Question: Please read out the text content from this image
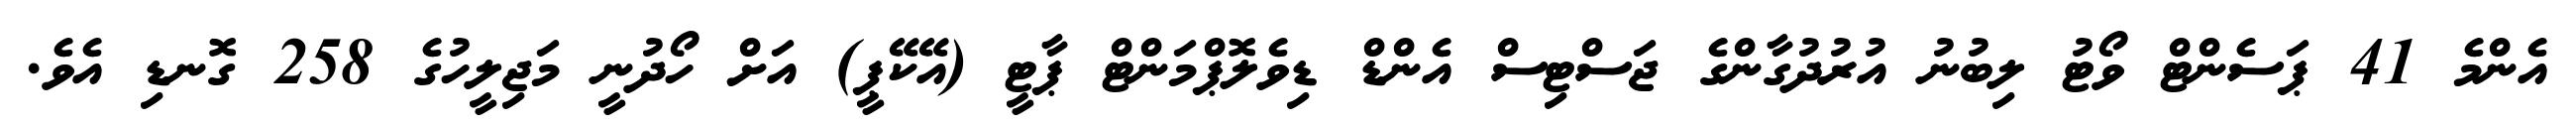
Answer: އެންމެ 41 ޕަސެންޓް ވޯޓު ލިބުނު އުރުދުގާންގެ ޖަސްޓިސް އެންޑް ޑިވެލޮޕްމަންޓް ޕާޓީ (އޭކޭޕީ) އަށް ހޯދުނީ މަޖިލީހުގެ 258 ގޮނޑި އެވެ.